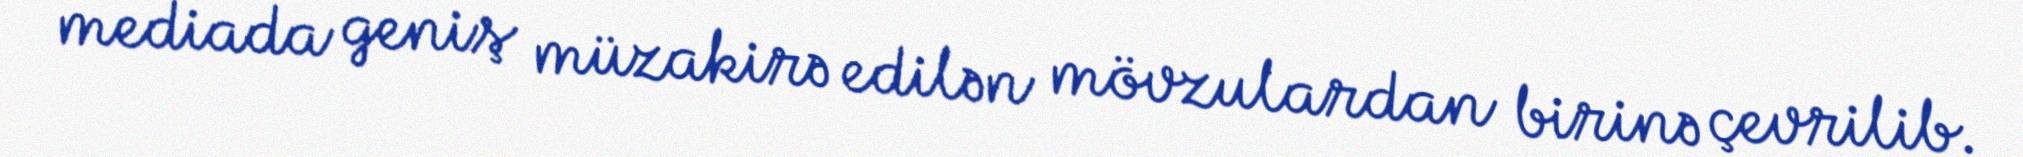
mediada geniş müzakirə edilən mövzulardan birinə çevrilib.